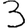
Digit: 3